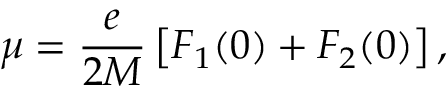
\mu = \frac { e } { 2 M } \left[ F _ { 1 } ( 0 ) + F _ { 2 } ( 0 ) \right] ,